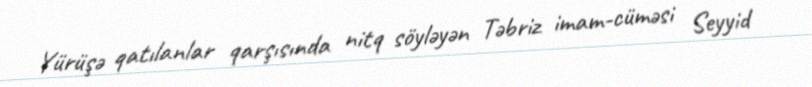
Yürüşə qatılanlar qarşısında nitq söyləyən Təbriz imam-cüməsi Seyyid